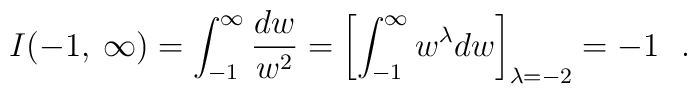
I(-1,\:\infty)=\int_{-1}^{\infty}\frac{dw}{w^{2}}=\left[ \int_{-1}^{\infty}w^{\lambda}dw\right]_{\lambda=-2} = -1~~.